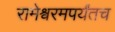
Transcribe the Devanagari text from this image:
रामेश्वरमपर्यंतच